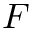
F